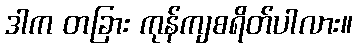
ဒါက တခြား ကုန်ကျစရိတ်ပါလား။